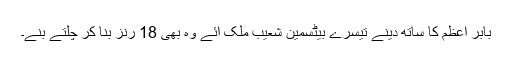
بابر اعظم کا ساتھ دینے تیسرے بیٹسمین شعیب ملک آئے وہ بھی 18 رنز بنا کر چلتے بنے۔